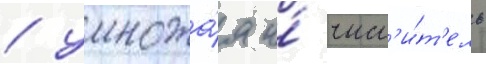
/ умножа́я и́ числ'и́т'ель